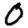
Digit: 0